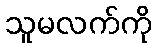
သူမလက်ကို